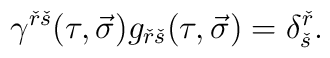
\gamma^{\check{r}\check{s}}(\tau,\vec{\sigma})g_{\check{r}\check{s}}(\tau,\vec{\sigma})=\delta^{\check{r}}_{\check{s}}.